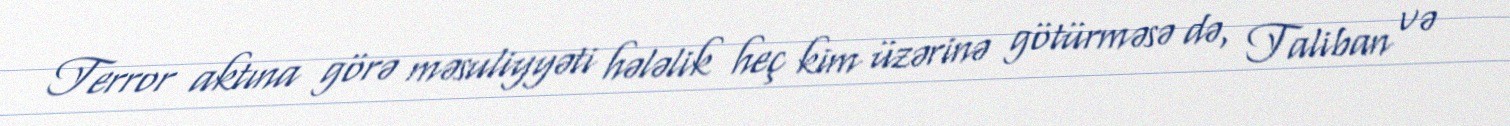
Terror aktına görə məsuliyyəti hələlik heç kim üzərinə götürməsə də, Taliban və